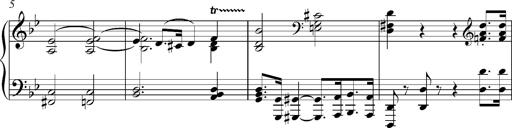
Title: Marche funÃ¨bre, S.226a
Composer: Franz Liszt
Key: G minor